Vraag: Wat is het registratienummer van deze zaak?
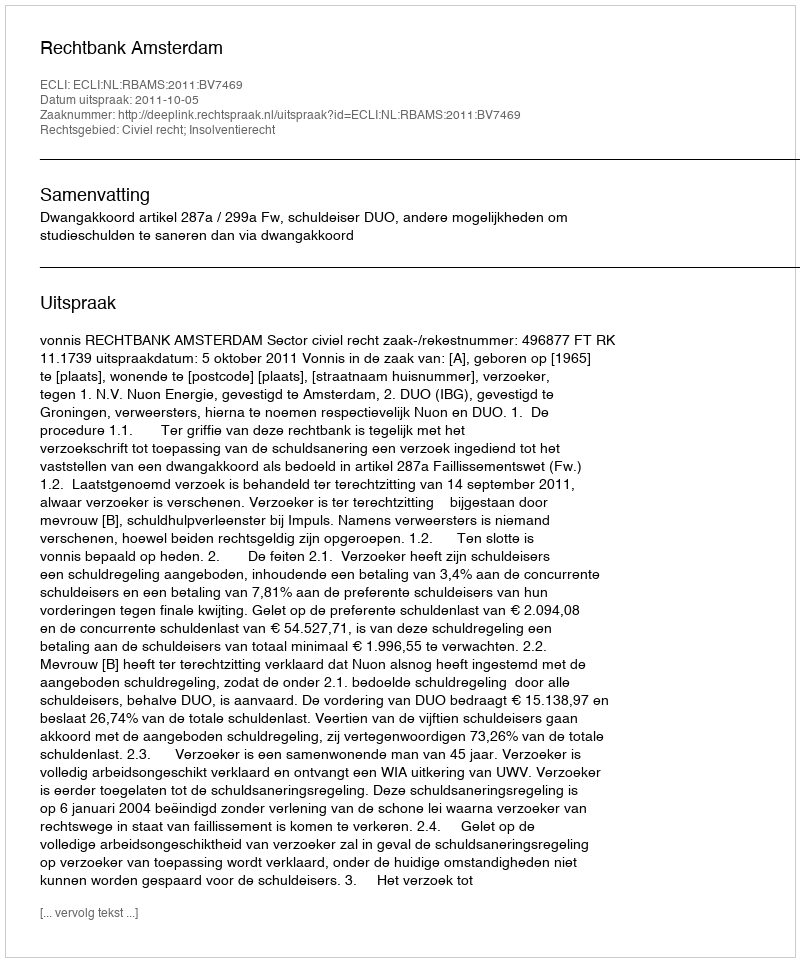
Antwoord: http://deeplink.rechtspraak.nl/uitspraak?id=ECLI:NL:RBAMS:2011:BV7469